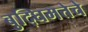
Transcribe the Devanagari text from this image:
बुद्घिमत्तेचे